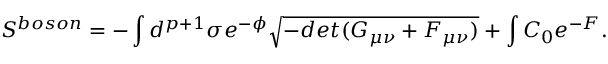
S ^ { b o s o n } = - \int d ^ { p + 1 } \sigma e ^ { - \phi } \sqrt { - d e t ( G _ { \mu \nu } + F _ { \mu \nu } ) } + \int C _ { 0 } e ^ { - F } .